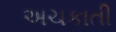
અચકાતી